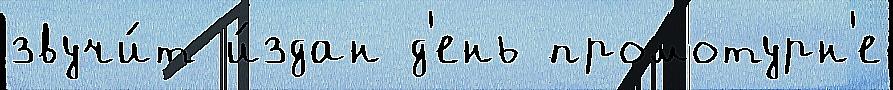
звучи́т и́здан д'ень промотурн'е